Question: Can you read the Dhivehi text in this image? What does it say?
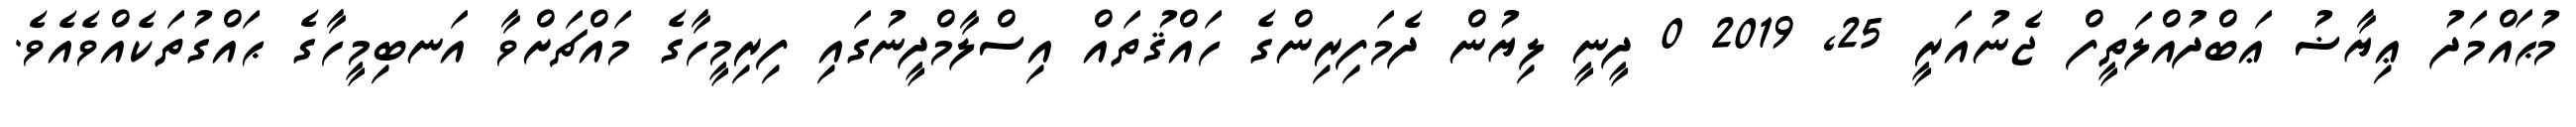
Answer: މުޙައްމަދު ޢިޔާޟު ޢަބްދުއްލަތީފް ޖެނުއަރީ 25, 2019 0 ދީނީ ލިޔުން ދެމަފިރިންގެ ހައްޤުތައް އިސްލާމްދީނުގައި ފިރިމީހާގެ މައްޗަށްވާ އަނބިމީހާގެ ޙައްގުތަކެއްވެއެވެ.